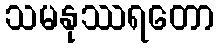
သမနုဿရတော